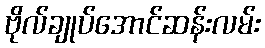
ဗိုလ်ချုပ်အောင်ဆန်းလမ်း